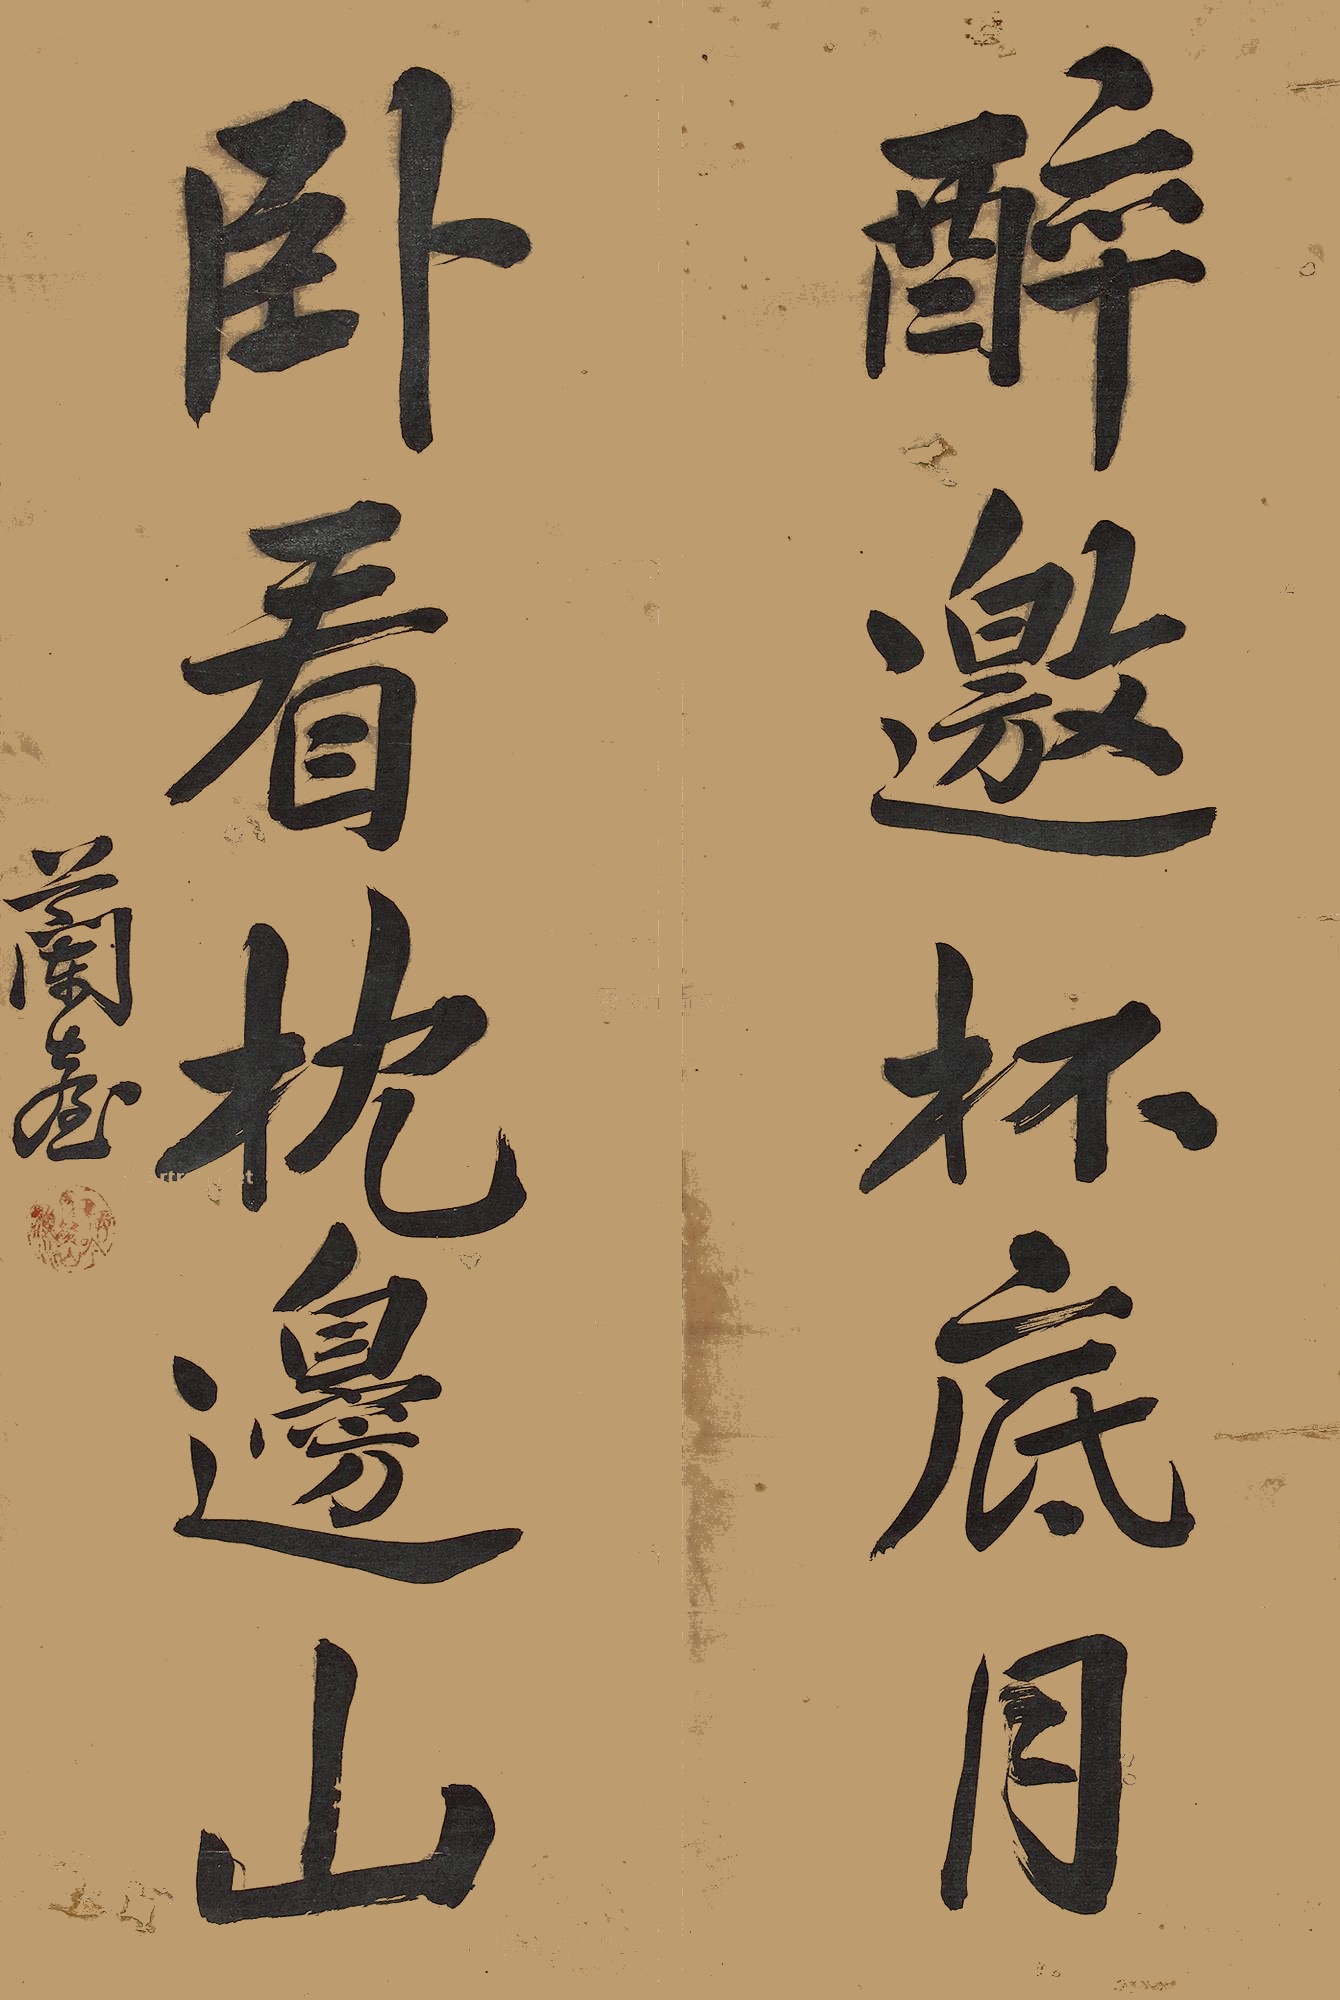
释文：醉邀杯底月，卧看枕边山。兰台。